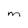
Character: m